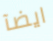
ايضآ